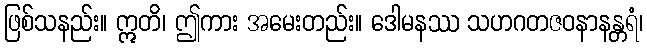
ဖြစ်သနည်း။ ဣတိ၊ ဤကား အမေးတည်း။ ဒေါမနဿ သဟဂတဇဝနာနန္တရံ၊